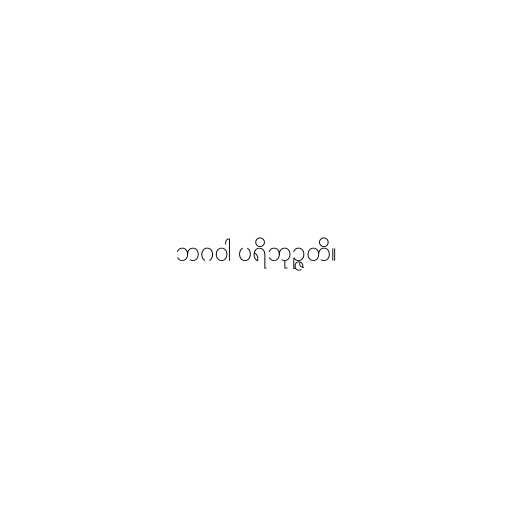
ဘဂဝါ ပရိဘုဉ္ဇတိ။